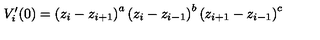
V _ { i } ^ { \prime } ( 0 ) = \left( z _ { i } - z _ { i + 1 } \right) ^ { a } \left( z _ { i } - z _ { i - 1 } \right) ^ { b } \left( z _ { i + 1 } - z _ { i - 1 } \right) ^ { c }